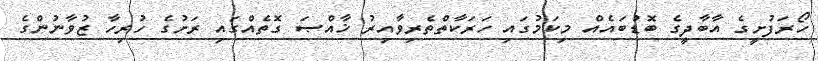
ހޯރަފުށީގެ އާބާދީގެ ބޮޑުބައެއް މިކަމުގައި ހަރަކާތްތެރިވާއިރު ޚާއްޞަ ގޮތެއްގައި ރަށުގެ ހުރިހާ ޒުވާނުންގެ